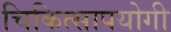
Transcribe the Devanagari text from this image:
चिकित्सापयोगी